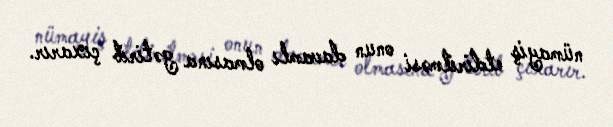
nümayiş etdirilməsi onun davamlı olmasına gətirib çıxarır.